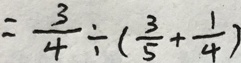
= \frac { 3 } { 4 } \div ( \frac { 3 } { 5 } + \frac { 1 } { 4 } )